Piroplasma canis and its life cycle in the tick - Number 29
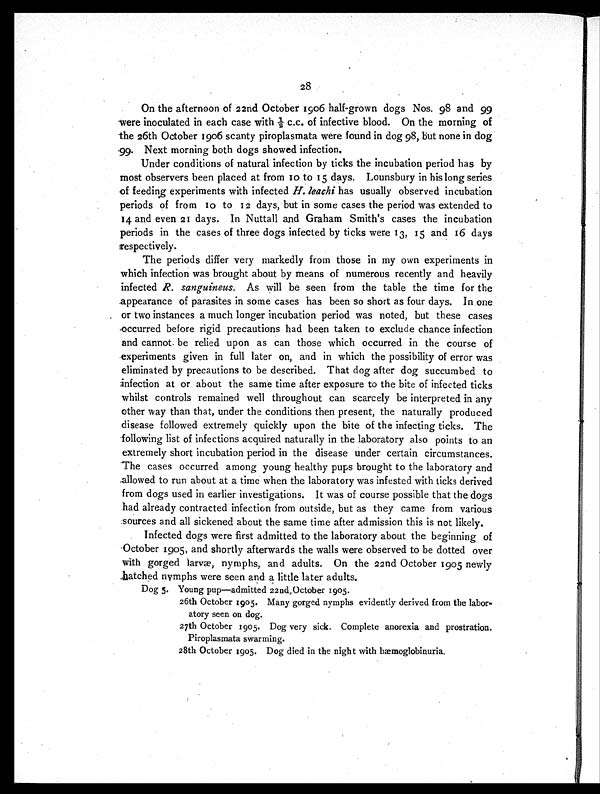
28
On the afternoon of 22nd October 1906 half-grown dogs Nos. 98 and 99
were inoculated in each case with ½ c.c. of infective blood. On the morning of
the 26th October 1906 scanty piroplasmata were found in dog 98, but none in dog
99. Next morning both dogs showed infection.
Under conditions of natural infection by ticks the incubation period has by
most observers been placed at from 10 to 15 days. Lounsbury in his long series
of feeding experiments with infected H. leachi has usually observed incubation
periods of from 10 to 12 days, but in some cases the period was extended to
14 and even 21 days. In Nuttall and Graham Smith's cases the incubation
periods in the cases of three dogs infected by ticks were 13, 15 and 16 days
respectively.
The periods differ very markedly from those in my own experiments in
which infection was brought about by means of numerous recently and heavily
infected R. sanguineus. As will be seen from the table the time for the
appearance of parasites in some cases has been so short as four days. In one
or two instances a much longer incubation period was noted, but these cases
occurred before rigid precautions had been taken to exclude chance infection
and cannot be relied upon as can those which occurred in the course of
experiments given in full later on, and in which the possibility of error was
eliminated by precautions to be described. That dog after dog succumbed to
infection at or about the same time after exposure to the bite of infected ticks
whilst controls remained well throughout can scarcely be interpreted in any
other way than that, under the conditions then present, the naturally produced
disease followed extremely quickly upon the bite of the infecting ticks. The
following list of infections acquired naturally in the laboratory also points to an
extremely short incubation period in the disease under certain circumstances.
The cases occurred among young healthy pups brought to the laboratory and
allowed to run about at a time when the laboratory was infested with ticks derived
from dogs used in earlier investigations. It was of course possible that the dogs
had already contracted infection from outside, but as they came from various
sources and all sickened about the same time after admission this is not likely.
Infected dogs were first admitted to the laboratory about the beginning of
October 1905, and shortly afterwards the walls were observed to be dotted over
with gorged larvæ, nymphs, and adults. On the 22nd October 1905 newly
hatched nymphs were seen and a little later adults.
Dog 5. Young pup—admitted 22nd, October 1905.
26th October 1905. Many gorged nymphs evidently derived from the labor-
atory seen on dog.
27th October 1905. Dog very sick. Complete anorexia and prostration.
Piroplasmata swarming.
28th October 1905. Dog died in the night with hæmoglobinuria.